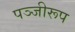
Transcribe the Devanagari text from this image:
पञ्जीरूप